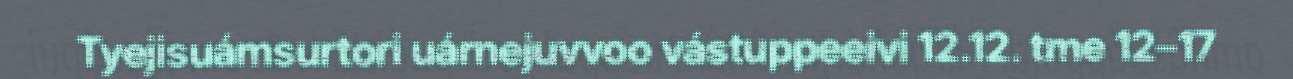
Tyejisuámsurtori uárnejuvvoo vástuppeeivi 12.12. tme 12–17